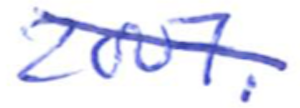
Text: 2007.
Cross-out: diagonal
Writing tool: ballpoint